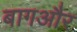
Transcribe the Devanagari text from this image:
बागऔर